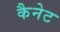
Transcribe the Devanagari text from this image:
कैनेट